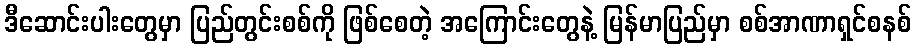
ဒီဆောင်းပါးတွေမှာ ပြည်တွင်းစစ်ကို ဖြစ်စေတဲ့ အကြောင်းတွေနဲ့ မြန်မာပြည်မှာ စစ်အာဏာရှင်စနစ်